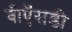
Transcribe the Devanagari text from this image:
बीऍसडी